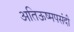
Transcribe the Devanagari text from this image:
अतिऊष्मपसंदी